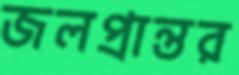
জলপ্রান্তর